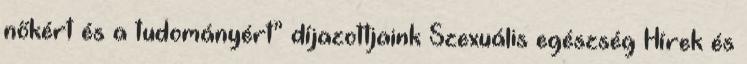
nőkért és a tudományért” díjazottjaink Szexuális egészség Hírek és